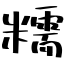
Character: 糯